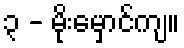
၃ - မိုးမှောင်ကျ။